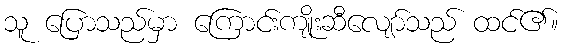
သူ ပြောသည်မှာ ကြောင်းကျိုးဆီလျော်သည် ထင်၏။